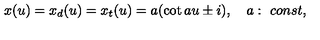
x ( u ) = x _ { d } ( u ) = x _ { t } ( u ) = a ( \cot a u \pm i ) , \quad a : \ c o n s t ,